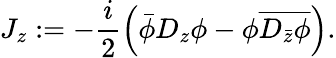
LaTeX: J_{z}:=-\frac{i}{2}\left(\bar{\phi}D_{z}\phi-\phi\overline{{{D_{\bar{z}}\phi}}}\right).